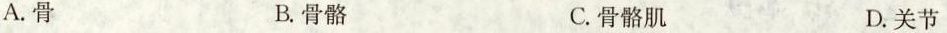
A.骨 B.骨骼 C.骨骼肌 D.关节